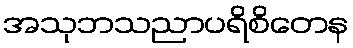
အသုဘသညာပရိစိတေန